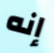
إنه